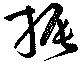
振